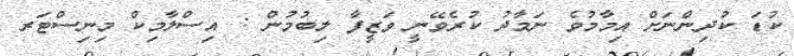
ކުޑަ ކުދިންނަށް އިމާމުވެ ނަމާދު ކުރެވޭނީ ވަޒީފާ ލިބުމުން : އިސްލާމިކް މިނިސްޓަރ